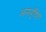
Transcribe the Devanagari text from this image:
अननूदित